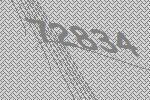
72834